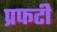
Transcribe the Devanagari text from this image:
प्रफटी